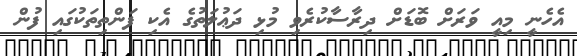
އެހެނީ މިއީ ވަރަށް ބޮޑަށް ދިރާސާކުރެވި މުޅި ދަޢުލަތުގެ އެކި ފަންތިތަކުގައި ފުން